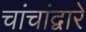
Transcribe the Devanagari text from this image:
चांचांद्वारे